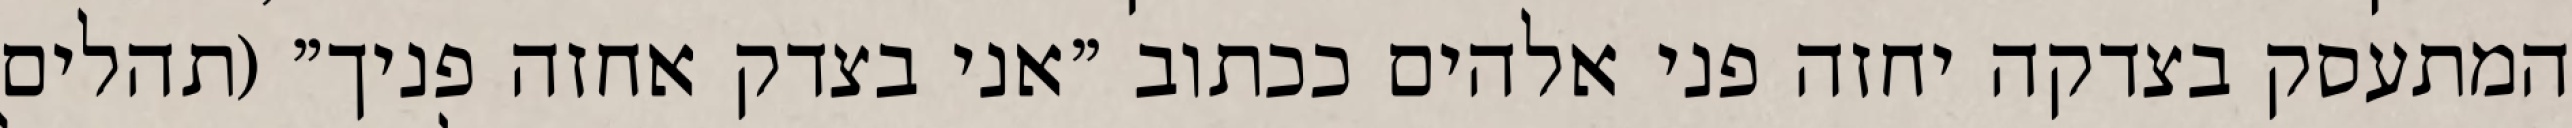
המתעסק בצדקה יחזה פני אלהים ככתוב "אני בצדק אחזה פניך" (תהלים